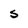
Character: S